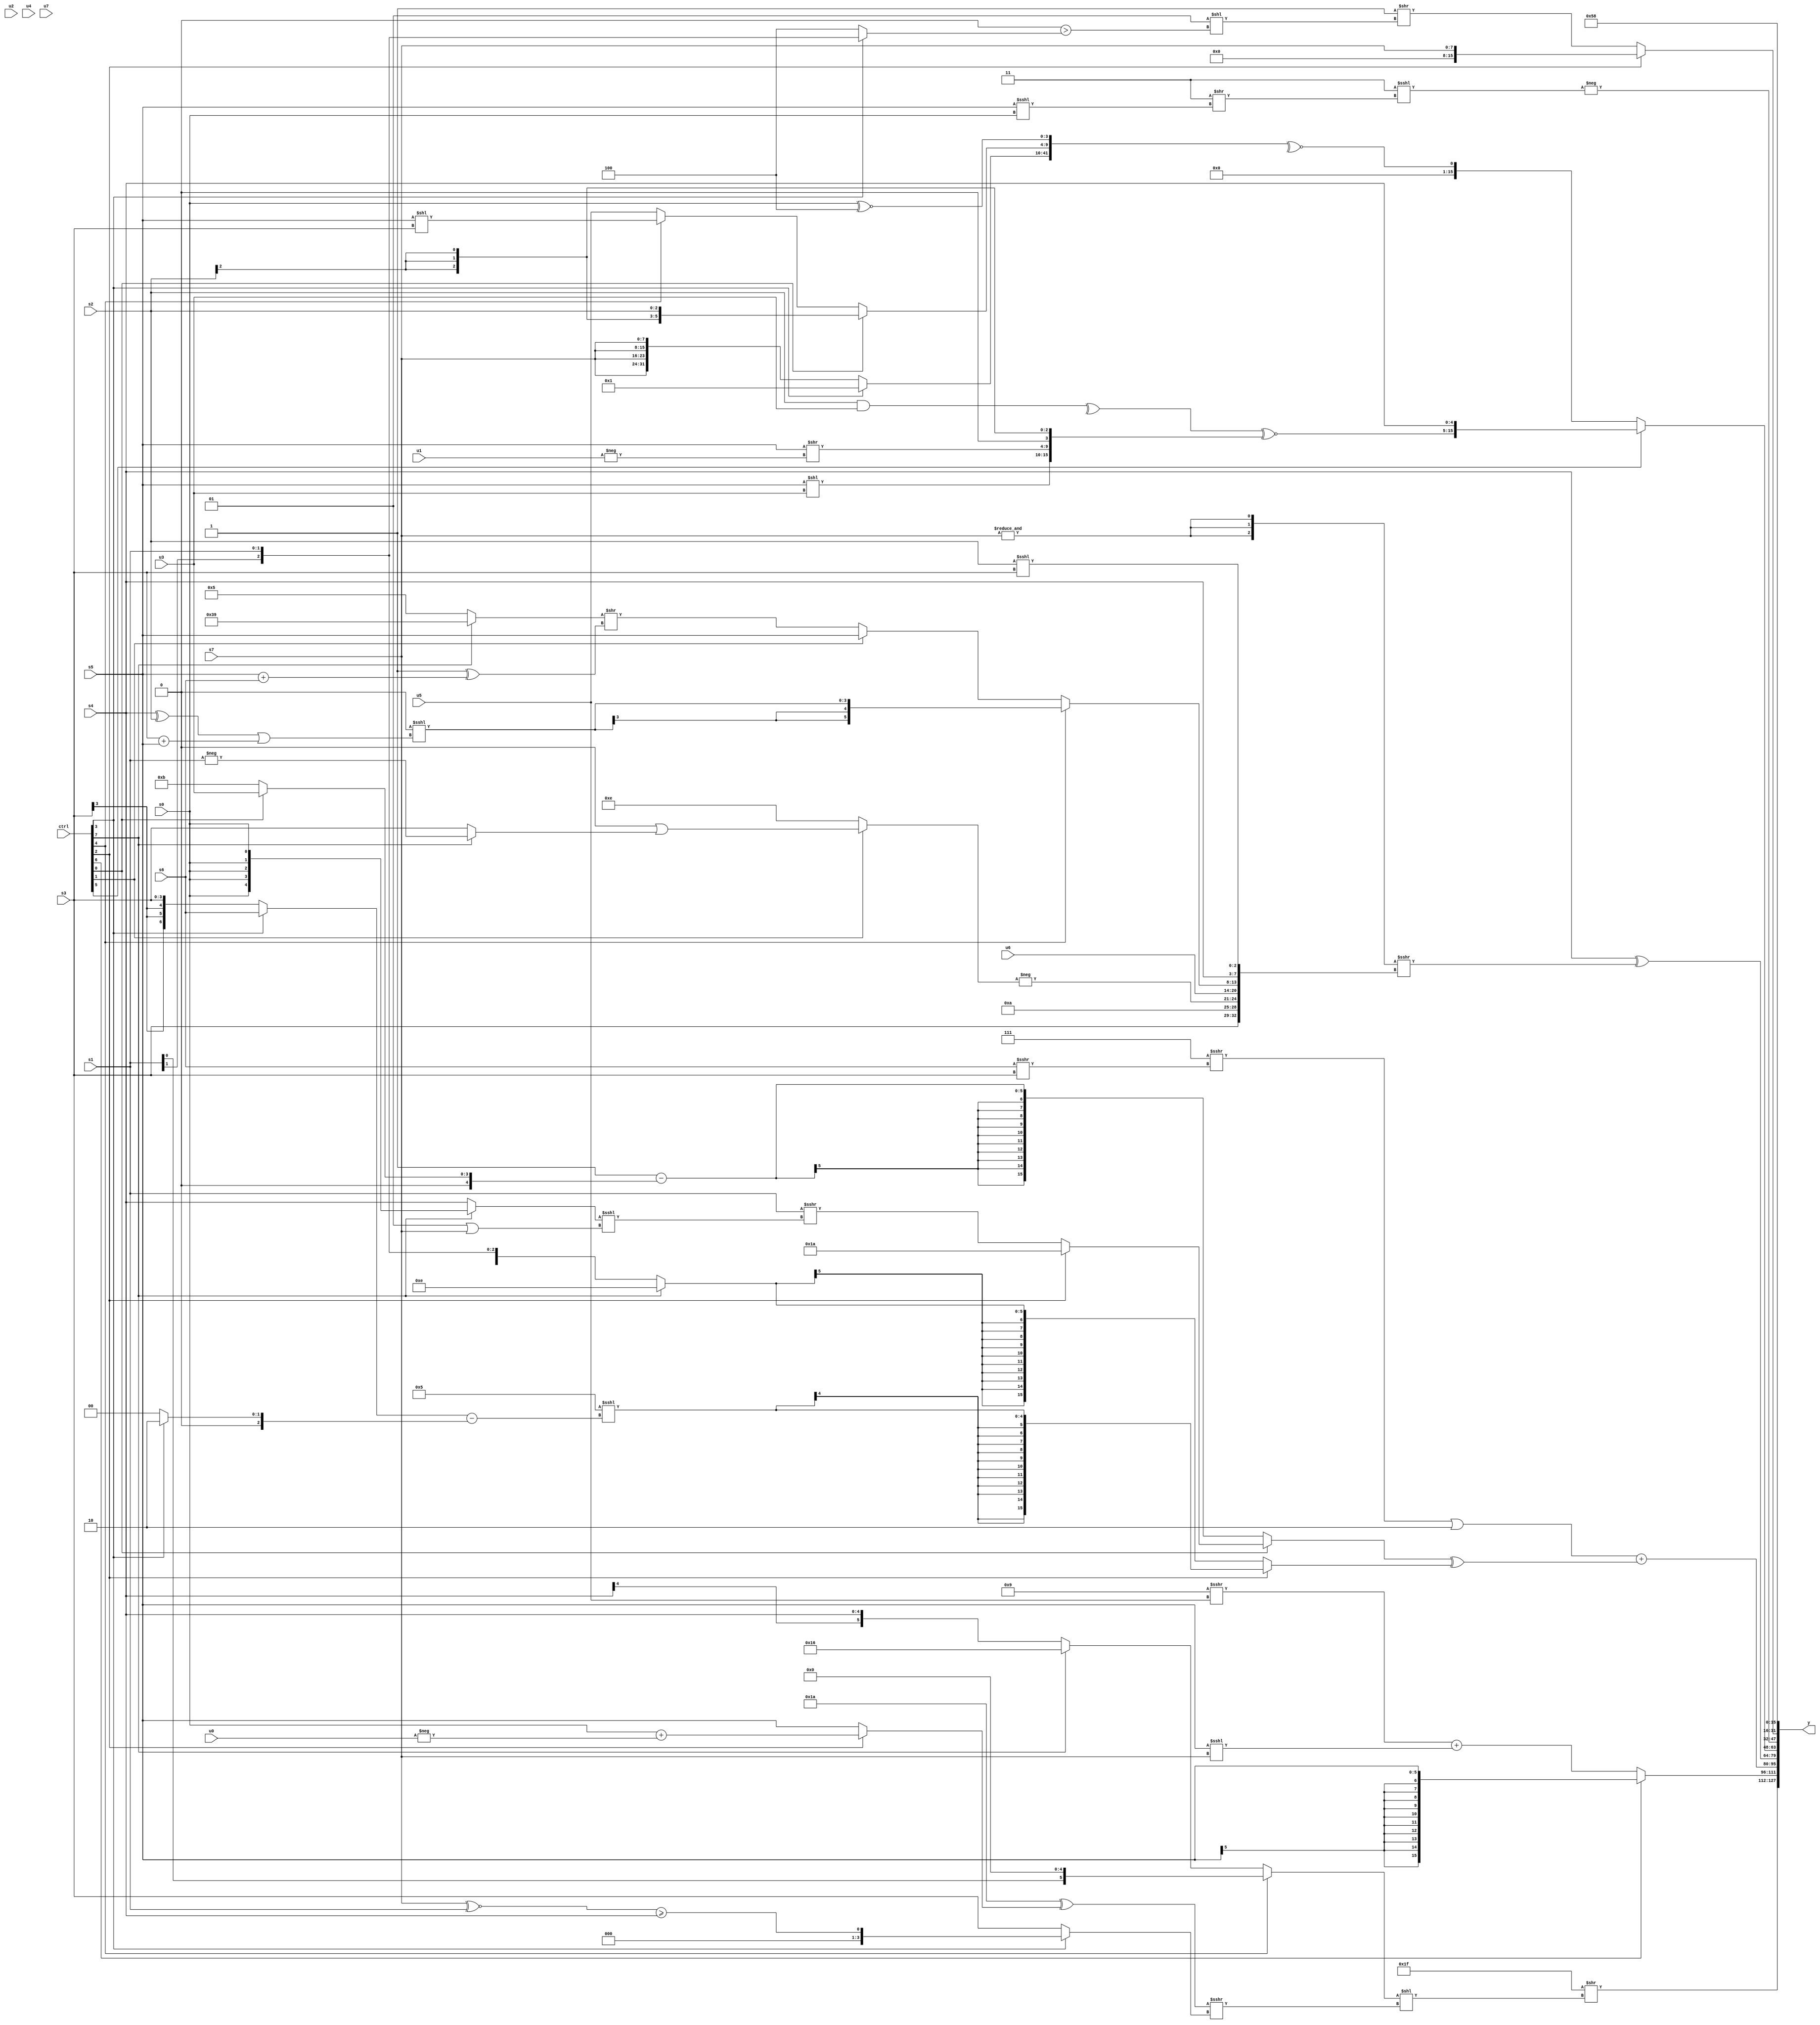
module wideexpr_00191(ctrl, u0, u1, u2, u3, u4, u5, u6, u7, s0, s1, s2, s3, s4, s5, s6, s7, y);
  input [7:0] ctrl;
  input [0:0] u0;
  input [1:0] u1;
  input [2:0] u2;
  input [3:0] u3;
  input [4:0] u4;
  input [5:0] u5;
  input [6:0] u6;
  input [7:0] u7;
  input signed [0:0] s0;
  input signed [1:0] s1;
  input signed [2:0] s2;
  input signed [3:0] s3;
  input signed [4:0] s4;
  input signed [5:0] s5;
  input signed [6:0] s6;
  input signed [7:0] s7;
  output [127:0] y;
  wire [15:0] y0;
  wire [15:0] y1;
  wire [15:0] y2;
  wire [15:0] y3;
  wire [15:0] y4;
  wire [15:0] y5;
  wire [15:0] y6;
  wire [15:0] y7;
  assign y = {y0,y1,y2,y3,y4,y5,y6,y7};
  assign y0 = (6'sb011111)>>(((ctrl[4]?(s1)<<($signed(4'sb0101)):(ctrl[7]?6'sb010110:$signed($signed(s4)))))<<(($unsigned((6'sb011010)^((ctrl[2]?($signed(s0))+(-(u0)):s5))))>>>((ctrl[3]?((s7)^~(s1))>=(s4):s3))));
  assign y1 = (ctrl[6]?s5:((6'sb111001)>>>($signed({u5})))+($signed({1{(s5)<<<(s7)}})));
  assign y2 = (+($signed(((-((6'sb001000)!=(5'sb01011)))>>>(($signed(s6))>>>(s3)))|(3'sb010))))+(((ctrl[0]?(ctrl[2]?-($signed($signed(6'b100110))):(s1)>>>(((ctrl[7]?s0:s4))<<<((2'sb01)|(s7)))):+(((~(6'sb001111))>>>({4{5'b01001}}))-($signed((ctrl[0]?u3:5'sb01011))))))^((ctrl[2]?$signed(($signed(5'sb00101))<<<(((ctrl[3]?s6:s3))-((ctrl[3]?3'sb010:2'sb00)))):(ctrl[7]?6'sb001110:s1))));
  assign y3 = ($unsigned({s4}))^(({3{&(s7)}})>>>({s3,4'sb1010,-($signed((ctrl[1]?(($signed(1'b1))>>(5'sb10011))|((ctrl[7]?-(s1):$signed(s3))):$signed(2'sb10)))),{u6,(ctrl[4]?$signed(((u3)<<({4{3'b100}}))<<<(((s4)^(s2))|((s3)+(s5)))):(ctrl[1]?s5:((ctrl[7]?+(4'sb1001):6'sb000101))>>((1'sb1)^((s5)+(s6))))),s4,$signed($signed(($signed($signed(s2)))<<<(s3)))}}));
  assign y4 = {1{(ctrl[5]?{4'b0011,{((ctrl[5]?-(u2):s0))-(s3),((ctrl[6]?(4'sb0110)<<<(s6):6'sb110000))&((ctrl[0]?$signed(6'sb101111):(ctrl[6]?s7:3'sb100)))},(^(({1{s2}})&(u3)))^~({($signed(s5))<<(u3),(s5)>>(-(u1)),!((3'sb011)<<<(1'sb1)),$signed((s2)>>>(3'sb010))}),s4}:~^({(ctrl[3]?|(4'b0011):{4{{1{s7}}}}),(ctrl[0]?$signed(s2):(ctrl[4]?(s5)<<(s3):$signed(u5))),(s0)^~(4'sb1100)}))}};
  assign y5 = -(({1{2'sb11}})<<<(+((2'b11)>>((s5)<<<(s0)))));
  assign y6 = (ctrl[2]?s7:(~&(6'sb110001))>>($signed($signed((2'sb01)<<(((1'sb0)&(5'sb11100))>((ctrl[3]?s1:3'sb100)))))));
  assign y7 = {6'b000101,{1{4'sb1000}}};
endmodule